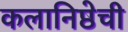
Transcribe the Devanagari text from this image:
कलानिष्ठेची